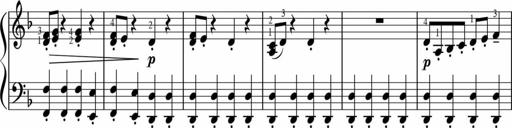
Title: Sonatinas
Composer: Andrew Violette